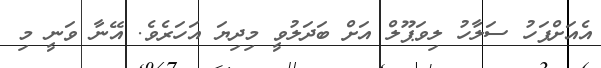
އެއަށްފަހު ސަލާހު ލިވަޕޫލް އަށް ބަދަލުވީ މިދިޔަ އަހަރެވެ. އޭނާ ވަނީ މި